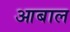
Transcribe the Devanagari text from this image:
आबाल